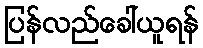
ပြန်လည်ခေါ်ယူရန်